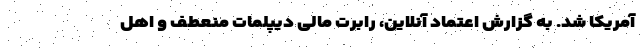
آمریکا شد. به گزارش اعتماد آنلاین، رابرت مالی دیپلمات منعطف و اهل